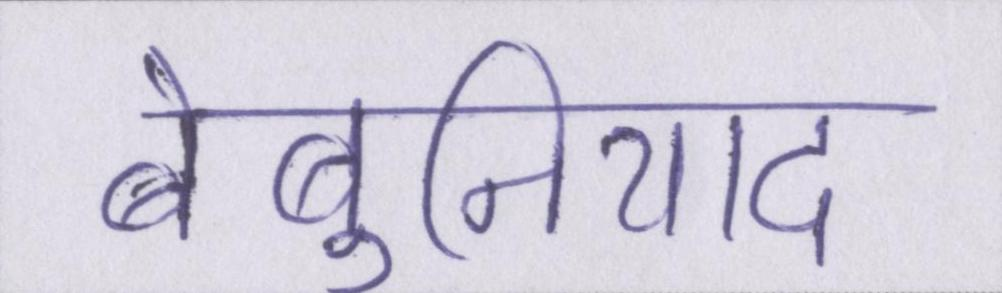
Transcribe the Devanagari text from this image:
बेबुनियाद